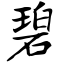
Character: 碧